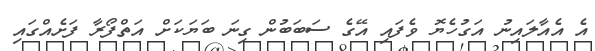
އެ އެއާލައިނު އަގުހެޔޮ ވެފައި އޭގެ ސަބަބުން ގިނަ ބަޔަކަށް އަތްފޯރާ ފަށެއްގައި